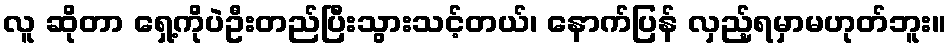
လူ ဆိုတာ ရှေ့ကိုပဲဦးတည်ပြီးသွားသင့်တယ်၊ နောက်ပြန် လှည့်ရမှာမဟုတ်ဘူး။